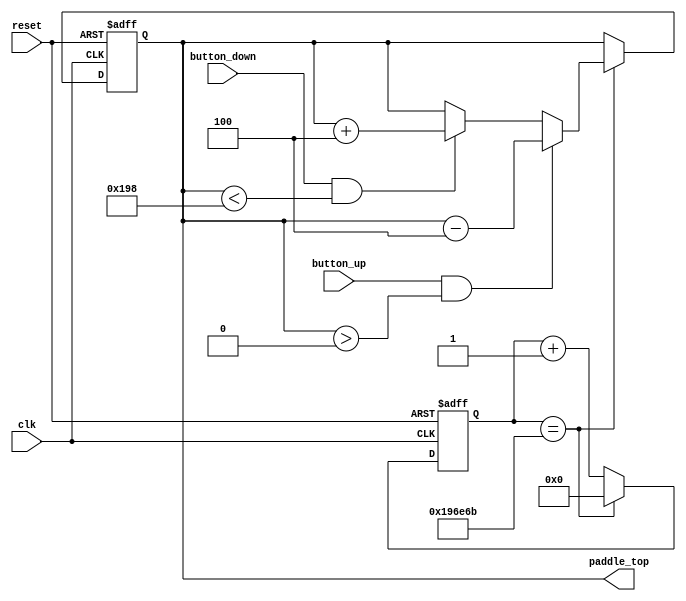
`timescale 1ns / 1ps
//////////////////////////////////////////////////////////////////////////////////
// Company: 
// Engineer: 
// 
// Design Name: 
// Module Name:    paddle 
// Project Name: 
// Target Devices: 
// Tool versions: 
// Description: 
//
// Dependencies: 
//
// Revision: 
// Revision 0.01 - File Created
// Additional Comments: 
//
//////////////////////////////////////////////////////////////////////////////////
module paddle(clk, reset, button_up, button_down, paddle_top);
	 
   input clk, reset, button_up, button_down;
   output reg [9:0] paddle_top;
	reg [9:0] new_paddle_top;
	
	localparam bottom_w = 480; //bottom wall pixel
	localparam height_p = 72; //height of paddle
	
	//60Hz tick generator//////////////////////////////////
	                                                     //
	wire      refr_tick;                                 //
	reg [20:0] count;                                    //
	reg [20:0] n_count;                                  //
                                                        //
	//100MHz/1,666,667 = 60hz                            //
	assign refr_tick = (count == 1666667);               //
	                                                     //
	always @ (posedge clk, posedge reset)                //
	   if(reset)                                         //
		   count <= 1'b0;                                 //
		else                                              //
		   count <= n_count;                              //
			                                               //
	always @ (*)                                         //
	   n_count = (refr_tick) ? 1'b0 : (count + 1'b1);    //
		                                                  //
	///////////////////////////////////////////////////////
	
	always @ (posedge clk, posedge reset)
	begin
	
      if(reset)
		   paddle_top <= 204;
		
		else if (refr_tick)
		   paddle_top <= new_paddle_top;
			
		else
		   paddle_top <= paddle_top;

	end

	always @ (*)
	begin
	
	   new_paddle_top = 1'b0;
		
		if( button_up && ( paddle_top > 0 ) )
		   new_paddle_top = paddle_top - 3'b100;
			
		else if( button_down && ( paddle_top < ( bottom_w - height_p ) ) )
		   new_paddle_top = paddle_top + 3'b100;
			
		else
		   new_paddle_top = paddle_top;
	
	end

endmodule